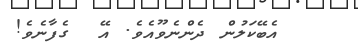
އެބޭކަލުން ދެންނެވޫއެވެ. އޭ  ގެފާނެވެ!